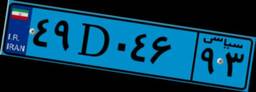
۳۲D۱۲۴۴۹